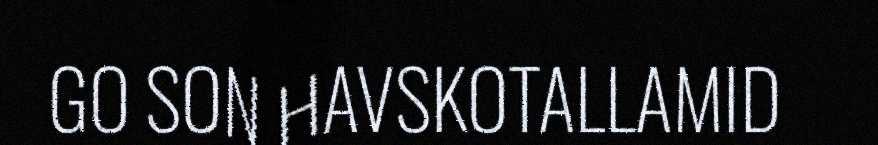
GO SON HAVSKOTALLAMID